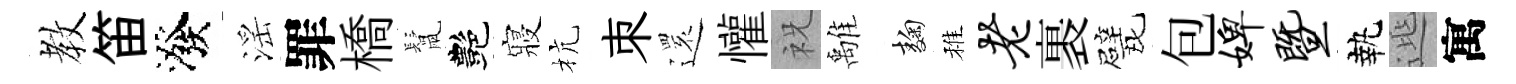
教笛潑滛罪橋鬛艷寢杭朿𮟃懽祝𩀌麹稚老裹戏包婢暨執𨓱寓